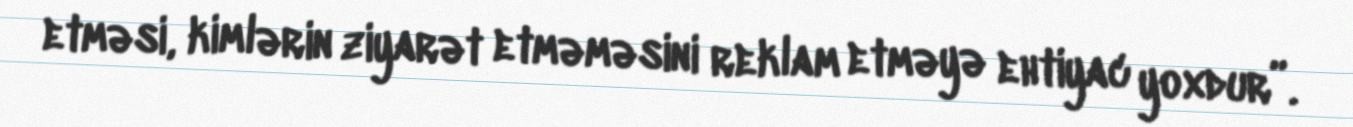
etməsi, kimlərin ziyarət etməməsini reklam etməyə ehtiyac yoxdur”.